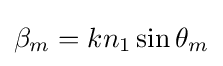
\beta _{m}=kn_{1}\sin \theta _{m}